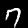
Digit: 7